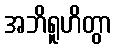
အဘိရူဟိတွာ